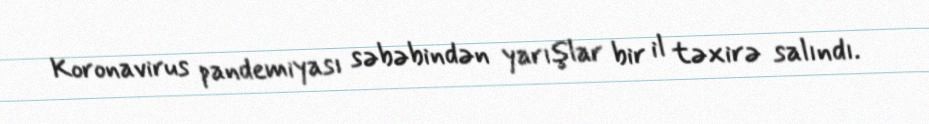
Koronavirus pandemiyası səbəbindən yarışlar bir il təxirə salındı.